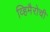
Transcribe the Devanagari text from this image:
व्हिमैरोची